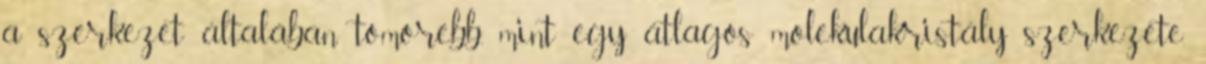
a szerkezet általában tömörebb, mint egy átlagos molekulakristály szerkezete.